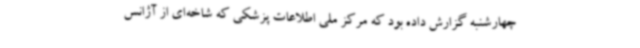
چهارشنبه گزارش داده بود که مرکز ملی اطلاعات پزشکی که شاخه‌ای از آژانس